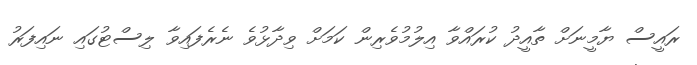
ރައީސް ޔާމީނަށް ތާއީދު ކުރައްވާ އިލުމުވެރިން ކަމަށް ވިދާޅުވެ ނެރެފައިވާ ލިސްޓުގައި ނައިފަރު